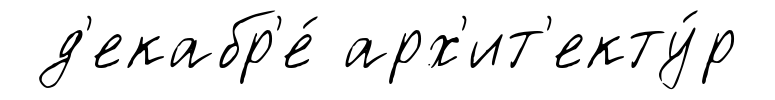
д'екабр'е́ арх'ит'екту́р